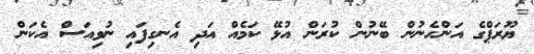
ޔޫރަޕްގެ އަންހެނުން ބޭނުން ކުރަން އުޅޭ ކަމެއް އަދި އެނގިފައި ނުވިއަސް އެކަން